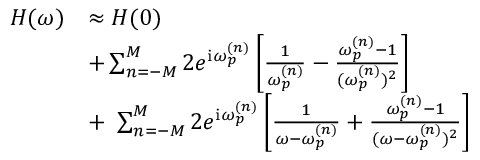
\begin{array} { r } { \begin{array} { r l } { H ( \omega ) } & { \approx H ( 0 ) } \\ & { + \sum _ { n = - M } ^ { M } 2 e ^ { \mathrm { i } \omega _ { p } ^ { ( n ) } } \left[ \frac { 1 } { \omega _ { p } ^ { ( n ) } } - \frac { \omega _ { p } ^ { ( n ) } - 1 } { ( \omega _ { p } ^ { ( n ) } ) ^ { 2 } } \right] } \\ & { + ~ \sum _ { n = - M } ^ { M } 2 e ^ { \mathrm { i } \omega _ { p } ^ { ( n ) } } \left[ \frac { 1 } { \omega - \omega _ { p } ^ { ( n ) } } + \frac { \omega _ { p } ^ { ( n ) } - 1 } { ( \omega - \omega _ { p } ^ { ( n ) } ) ^ { 2 } } \right] } \end{array} } \end{array}